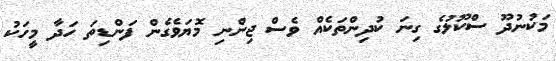
މަކުނުދޫ ސްކޫލުގެ ގިނަ ކުދިންތަކެއް ވެސް ޖިންނި މޮޔަވެގެން ފަންޑިތަ ހަދާ މީހަކު